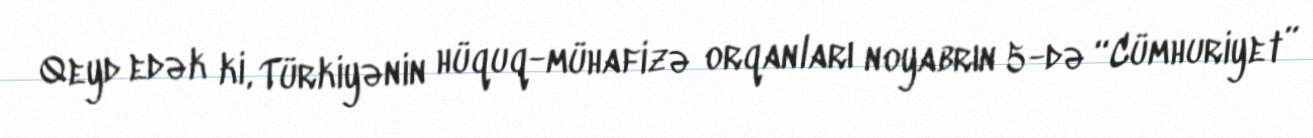
Qeyd edək ki, Türkiyənin hüquq-mühafizə orqanları noyabrın 5-də “Cümhuriyet”